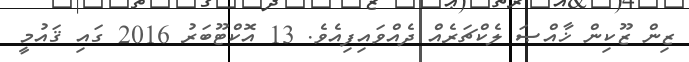
ޒިން ޒޫކިން ޚާއްޞަ ލެކްޗަރެއް ދެއްވައިފިއެވެ. 13 އޮކްޓޫބަރު 2016 ގައި ޤައުމީ